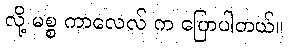
လို့ မစ္စ ကာလေလ် က ပြောပါတယ်။